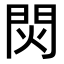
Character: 焛